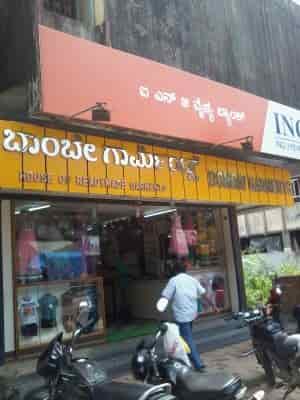
Language: kannada
Transcription: ಬಾಂಬೇ